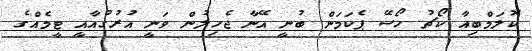
ކޮލަމްބިއާ ކޯޗު ހޯސޭ ޕެކަމަން ބުނީ އޭނާ ޖެހިލުން ވަނީ އުރުގުއާއީ ޓީމެއްގެ